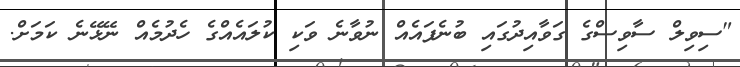
"ސިވިލް ސާވިސްގެ ގަވާއިދުގައި ބުނެފައެއް ނުވާނެ ވަކި ކުލައެއްގެ ހެދުމެއް ނޭޅޭނެ ކަމަށް.